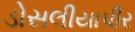
ડોસલીયાપીર